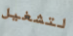
لتشغيل